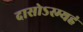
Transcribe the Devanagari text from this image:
दासोऽस्म्यहं